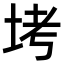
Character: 㘼